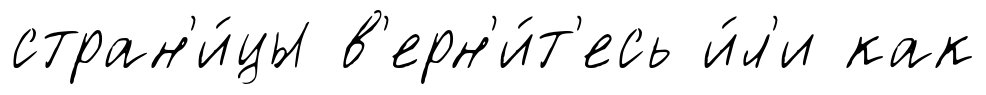
стран'и́цы в'ерн'и́т'есь и́л'и как